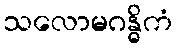
သလောမဂန္ဓိကံ